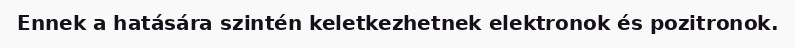
Ennek a hatására szintén keletkezhetnek elektronok és pozitronok.